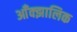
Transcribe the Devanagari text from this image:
आँक्झालिक